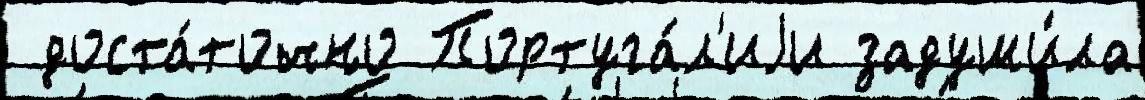
 доста́точно Португа́л'иjи задуши́ла